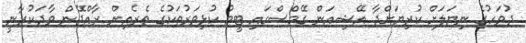
ދުވަހުގެ ނިޔަލަށް ކުރިޔަށްދާ އޭޝިއަން ގޭމްސްގައި ޓީމު ކުޅިވަރުތަކުގެ ތެރެއިން ރާއްޖޭން ވާދަކުރާނީ